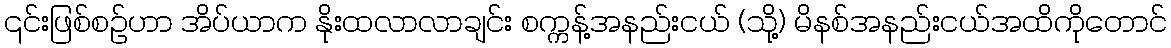
၎င်းဖြစ်စဉ်ဟာ အိပ်ယာက နိုးထလာလာချင်း စက္ကန့်အနည်းငယ် (သို့) မိနစ်အနည်းငယ်အထိကိုတောင်